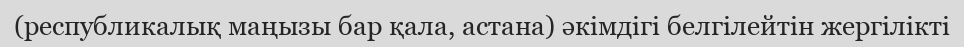
(республикалық маңызы бар қала, астана) әкімдігі белгілейтін жергілікті